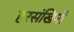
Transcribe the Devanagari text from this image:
हरसंखिनी